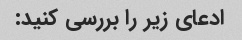
ادعای زیر را بررسی کنید: